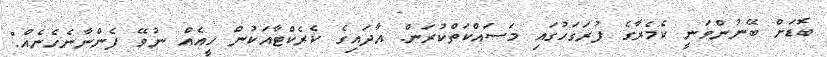
ބޮޑަށް ބޭނުންވަނީ ކެމެރާގެ ފުރަގަހުގައި މަސައްކަތްކުރަން. އާދައިގެ ކެރެކްޓާއަކުން ހީއެއް ނުވޭ ފެންނާނެހެނެއް."